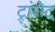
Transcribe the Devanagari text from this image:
ट्रांसेट